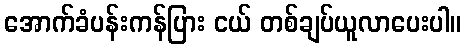
အောက်ခံပန်းကန်ပြား ငယ် တစ်ချပ်ယူလာပေးပါ။